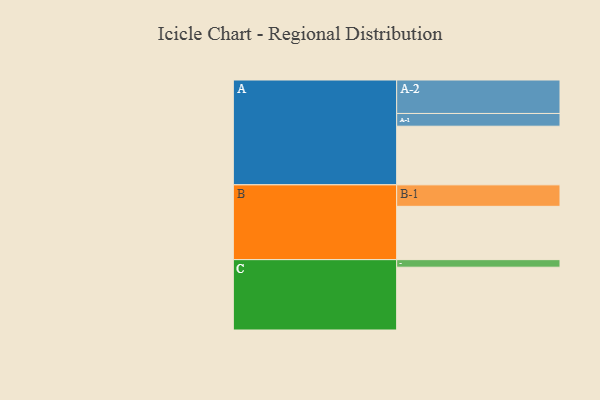
{"axis": {"x": "Segment", "y": "Value"}, "legend": ["", "A", "B", "C"], "data": [{"x": "A", "y": 396, "type": ""}, {"x": "B", "y": 360, "type": ""}, {"x": "C", "y": 424, "type": ""}, {"x": "A-1", "y": 86, "type": "A"}, {"x": "A-2", "y": 226, "type": "A"}, {"x": "B-1", "y": 145, "type": "B"}, {"x": "C-1", "y": 51, "type": "C"}]}